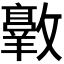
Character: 𫿠